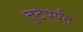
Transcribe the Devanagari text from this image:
तुटेपर्यंत